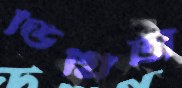
ডিগ্রিটা